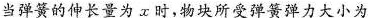
甲当弹簧的伸长量为x时，物块所受弹簧弹力大小为